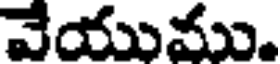
వేయుము.